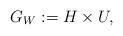
LaTeX: \begin{align*} G_W := H \times U,\end{align*}